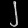
Digit: ၂